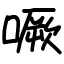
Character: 噘